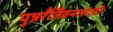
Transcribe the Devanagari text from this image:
पुन्नर्रंजिवनासाठी